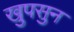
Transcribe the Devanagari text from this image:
खुपसुन